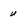
Character: u